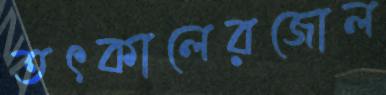
তৎকালেরজোল